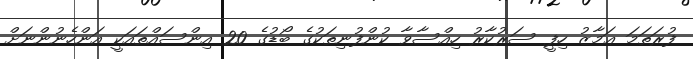
ފުރަތަމަ ޢަމާޒު ހިފީ ސަރުކާރު ހިއްސާވާ ކުންފުނިތަކުގެ ބޯޑުގެ 20 އިންސައްތައަކީ އަންހެނުންނަށް